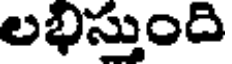
లభిస్తుంది